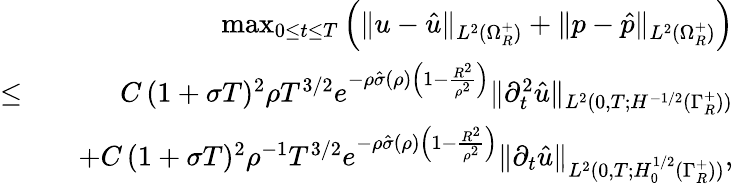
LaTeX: \begin{array}{rlr}&{}&{\operatorname*{max}_{0\leq t\leq T}\left(\| u-\hat{u}\| _{L^{2}(\Omega_{R}^{+})}+\| p-\hat{p}\| _{L^{2}(\Omega_{R}^{+})}\right)}\\ {\leq}&{}&{C\, (1+\sigma T)^{2}\rho T^{3/2}e^{-\rho\hat{\sigma}(\rho)\left(1-\frac{R^{2}}{\rho^{2}}\right)}\| \partial_{t}^{2}\hat{u}\| _{L^{2}(0,T;H^{-1/2}(\Gamma_{R}^{+}))}}\\ &{}&{+C\, (1+\sigma T)^{2}\rho^{-1}T^{3/2}e^{-\rho\hat{\sigma}(\rho)\left(1-\frac{R^{2}}{\rho^{2}}\right)}\| \partial_{t}\hat{u}\| _{L^{2}(0,T;H_{0}^{1/2}(\Gamma_{R}^{+}))},}\end{array}